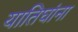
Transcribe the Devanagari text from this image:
यातिघांना